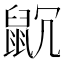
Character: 𪕁